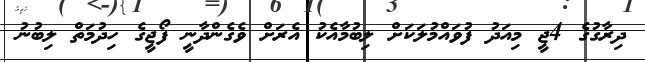
ދިރާގުގެ 4ޖީ މިއަދު ފުވައްމުލަކަށް ލިބުމާއެކު އެރަށް ވެގެންދާނީ ފޯޖީގެ ހިދުމަތް ލިބުނު